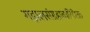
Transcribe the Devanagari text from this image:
गझलसंग्रहाव्यतिरिक्त